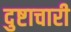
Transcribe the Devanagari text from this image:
दुष्टाचारी